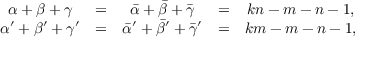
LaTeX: \begin{array} { c c c c c } { { \alpha + \beta + \gamma } } & { { = } } & { { \bar { \alpha } + \bar { \beta } + \bar { \gamma } } } & { { = } } & { { k n - m - n - 1 , } } \\ { { \alpha ^ { \prime } + \beta ^ { \prime } + \gamma ^ { \prime } } } & { { = } } & { { \bar { \alpha } ^ { \prime } + \bar { \beta } ^ { \prime } + \bar { \gamma } ^ { \prime } } } & { { = } } & { { k m - m - n - 1 , } } \end{array}